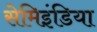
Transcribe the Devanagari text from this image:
सेमिइंडिया